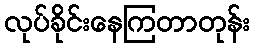
လုပ်ခိုင်းနေကြတာတုန်း